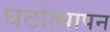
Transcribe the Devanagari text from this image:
घटोत्थापन